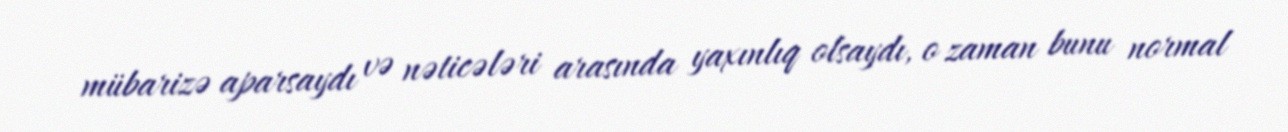
mübarizə aparsaydı və nəticələri arasında yaxınlıq olsaydı, o zaman bunu normal